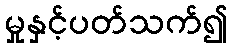
မှုနှင့်ပတ်သက်၍